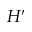
H ^ { \prime }